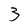
Character: 3